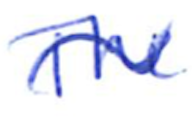
Text: The
Cross-out: wave
Writing tool: ballpoint